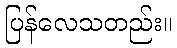
ပြန်လေသတည်း။